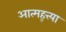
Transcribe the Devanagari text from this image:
आत्मह्त्त्या